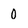
Character: 0